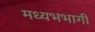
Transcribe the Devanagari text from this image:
मध्यभभागी